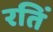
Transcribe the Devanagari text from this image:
रतिं